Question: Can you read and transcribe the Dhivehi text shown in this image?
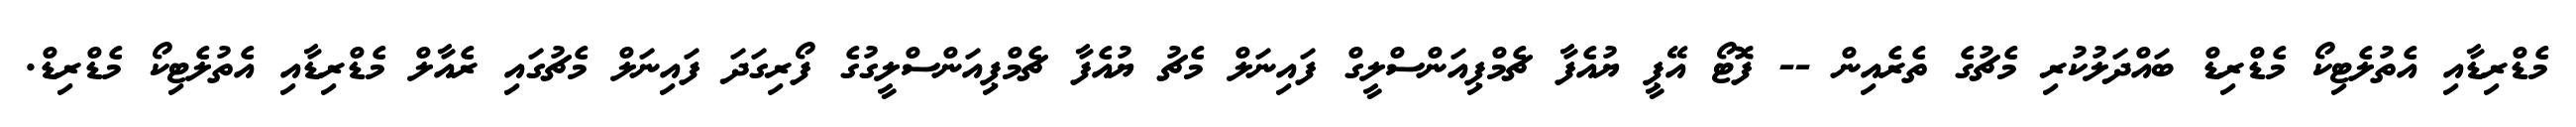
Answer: މެޑްރިޑާއި އެތުލެޓިކޯ މެޑްރިޑް ބައްދަލުކުރި މެޗުގެ ތެރެއިން -- ފޮޓޯ އޭޕީ ޔުއެފާ ޗެމްޕިއަންސްލީގް ފައިނަލް މެޗު ޔުއެފާ ޗެމްޕިއަންސްލީގުގެ ފޯރިގަދަ ފައިނަލް މެޗުގައި ރެއާލް މެޑްރިޑާއި އެތުލެޓިކޯ މެޑްރިޑް.